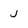
Character: j